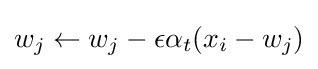
w_{j}\leftarrow w_{j}-\epsilon \alpha _{t}(x_{i}-w_{j})